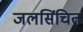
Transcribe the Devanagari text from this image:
जलसिंचित